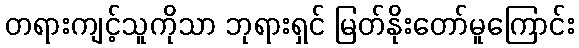
တရားကျင့်သူကိုသာ ဘုရားရှင် မြတ်နိုးတော်မူကြောင်း